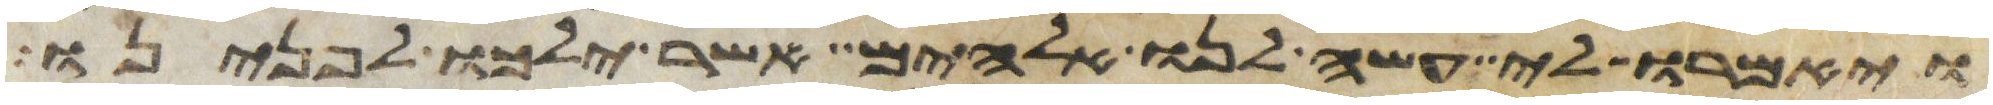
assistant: ויאמרו לי עשה לנו אלהים אשר ילכו לפנינו